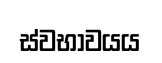
ස්වභාවයය